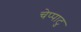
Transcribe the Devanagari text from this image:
चेप्पाटु